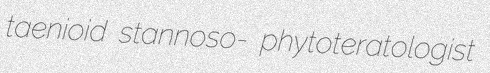
taenioid stannoso- phytoteratologist